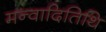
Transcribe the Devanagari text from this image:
मन्वादितिथि